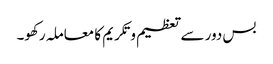
بس دور سے تعظیم و تکریم کا معاملہ رکھو۔